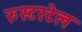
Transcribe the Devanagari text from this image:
रुस्टरटेल